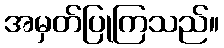
အမှတ်ပြုကြသည်။